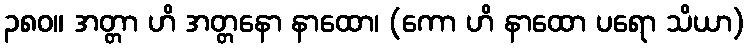
၃၈၀။ အတ္တာ ဟိ အတ္တနော နာထော၊ (ကော ဟိ နာထော ပရော သိယာ)